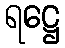
ရဋ္ဌေ